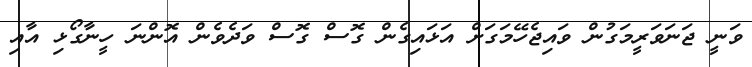
ވަނީ ޖަނަވަރީމަގުން ވައިޖެހޭމަގަށް އަޅައިގެން ގޮސް ގޮސް ވަދެވެން އޮންނަ ހީނާގޯޅި އާއި